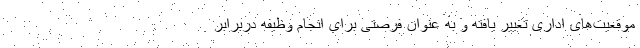
موقعیت‌های اداری تغییر یافته و به عنوان فرصتی برای انجام وظیفه دربرابر